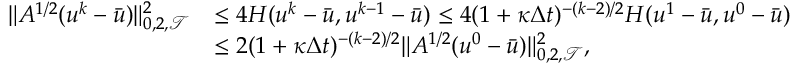
\begin{array} { r l } { \| A ^ { 1 / 2 } ( u ^ { k } - \bar { u } ) \| _ { 0 , 2 , { \mathcal T } } ^ { 2 } } & { \le 4 H ( u ^ { k } - \bar { u } , u ^ { k - 1 } - \bar { u } ) \le 4 ( 1 + \kappa \Delta t ) ^ { - ( k - 2 ) / 2 } H ( u ^ { 1 } - \bar { u } , u ^ { 0 } - \bar { u } ) } \\ & { \le 2 ( 1 + \kappa \Delta t ) ^ { - ( k - 2 ) / 2 } \| A ^ { 1 / 2 } ( u ^ { 0 } - \bar { u } ) \| _ { 0 , 2 , { \mathcal T } } ^ { 2 } , } \end{array}